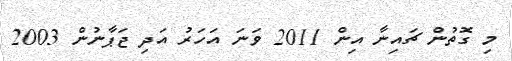
މި ގޮތުން ޗައިނާ އިން 2011 ވަނަ އަހަރު އަދި ޖަޕާނުން 2003